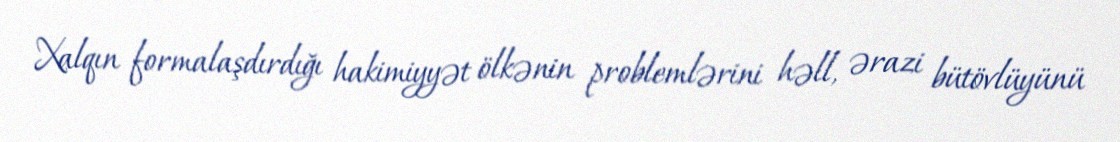
Xalqın formalaşdırdığı hakimiyyət ölkənin problemlərini həll, ərazi bütövlüyünü